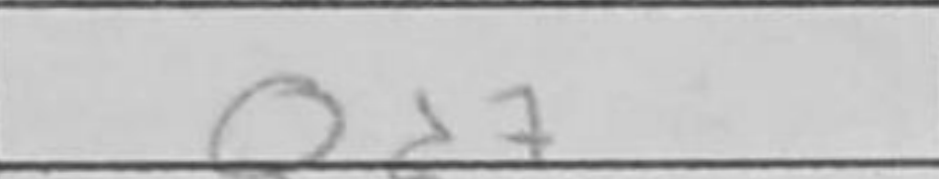
Transcription: Qd7